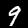
Label: 9